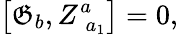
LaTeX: \left[\mathfrak{G}_{b},Z_{\; a_{1}}^{a}\right]=0,